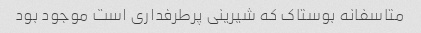
متاسفانه بوستاک که شیرینی پرطرفداری است موجود بود